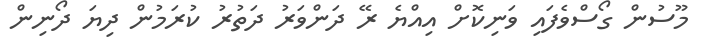
މޫސުން ގޯސްވެފައި ވަނިކޮށް އިއްޔެ ރޭ ދަންވަރު ދަތުރު ކުރަމުން ދިޔަ ދޯނިން